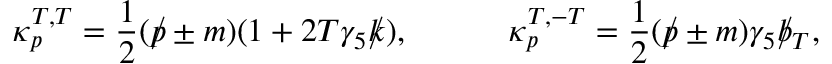
\kappa _ { p } ^ { T , T } = \frac { 1 } { 2 } ( \rlap / p \pm m ) ( 1 + 2 T \gamma _ { 5 } \rlap / k ) , \ ~ ~ ~ ~ ~ ~ ~ \ \kappa _ { p } ^ { T , - T } = \frac { 1 } { 2 } ( \rlap / p \pm m ) \gamma _ { 5 } \rlap / b _ { T } ,